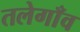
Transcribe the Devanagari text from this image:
तलेगाँव